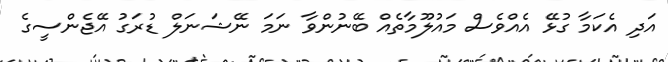
އަދި އެކަމާ ގުޅޭ އެއްވެސް މައުލޫމާތެއް ބޭނުންވާ ނަމަ ނޭޝަނަލް ޑުރަގު އޭޖެންސީގެ